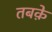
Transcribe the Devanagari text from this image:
तबके़